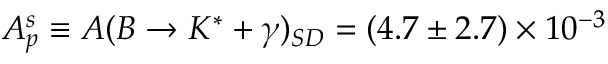
A _ { p } ^ { s } \equiv A ( B \to K ^ { \ast } + \gamma ) _ { S D } = ( 4 . 7 \pm 2 . 7 ) \times 1 0 ^ { - 3 }